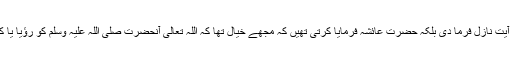
قرآن شریف میں اللہ تعالیٰ نے آیت نازل فرما دی بلکہ حضرت عائشہؓ فرمایا کرتی تھیں کہ مجھے خیال تھا کہ اللہ تعالیٰ آنحضرت صلی اللہ علیہ وسلم کو رؤیا یا کسی اَور رنگ میں بتا دے گا ۔